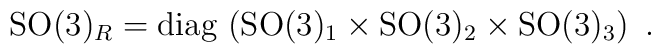
\mathrm{SO}(3)_R = \mbox{diag} \,  \left( \mathrm{SO}(3)_1 \times \mathrm{SO}(3)_2  \times \mathrm{SO}(3)_3  \right)~.